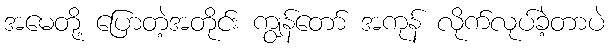
အမေတို့ ပြောတဲ့အတိုင်း ကျွန်တော် အကုန် လိုက်လုပ်ခဲ့တာပဲ